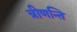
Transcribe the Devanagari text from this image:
त्रीणन्ति